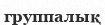
группалық